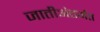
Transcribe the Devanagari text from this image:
जातीअंतर्गत